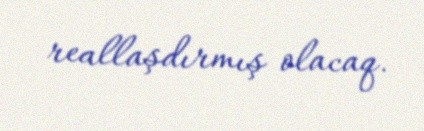
reallaşdırmış olacaq.